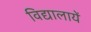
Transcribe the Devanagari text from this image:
विद्यालायें